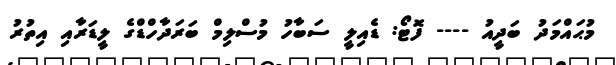
މުޙައްމަދު ބަދީއު ---- ފޮޓޯ: ޑެއިލީ ސަބާހު މުސްލިމް ބަރަދާހްޑްގެ ލީޑަރާއި އިތުރު